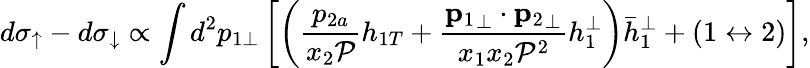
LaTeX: d\sigma_{\uparrow}-d\sigma_{\downarrow}\propto\int d^{2}p_{1\perp}\left[\left(\frac{p_{2a}}{x_{2}{\cal P}}h_{1T}+\frac{{\mathbf p_{1}}_{\perp}\cdot{\mathbf p_{2}}_{\perp}}{x_{1}x_{2}{\cal P}^{2}}h_{1}^{\perp}\right){\bar{h}}_{1}^{\perp}+(1\leftrightarrow 2)\right],